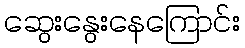
ဆွေးနွေးနေကြောင်း